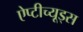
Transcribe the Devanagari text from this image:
ऐप्टीच्यूड्स